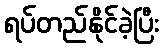
ရပ်တည်နိုင်ခဲ့ပြီး